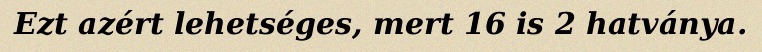
Ezt azért lehetséges, mert 16 is 2 hatványa.